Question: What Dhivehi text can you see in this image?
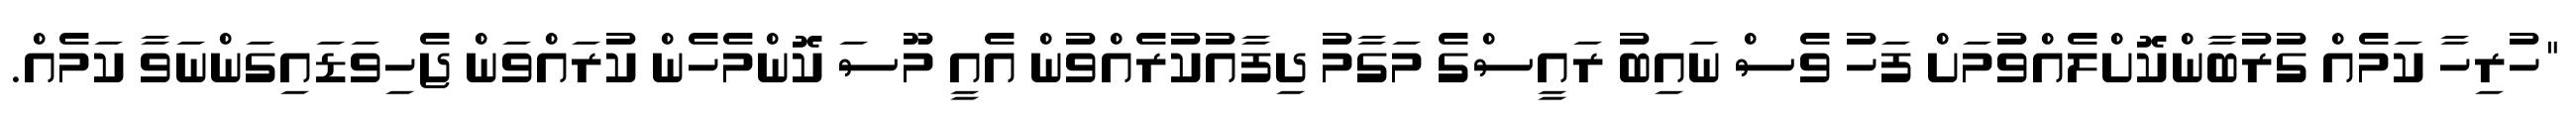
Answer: "ހުރިހާ ކަމެއް ގުރުބާންކޮށްލެއްވުމަށް ފަހު ވެސް ނައިބު ރައީސްގެ މަގާމު ދިފާއުކުރެއްވުން އެއީ މޫސަ ކޮންމެހެން ކުރައްވަން ޖެހިވަޑައިގަންނަވާ ކަމެއް.